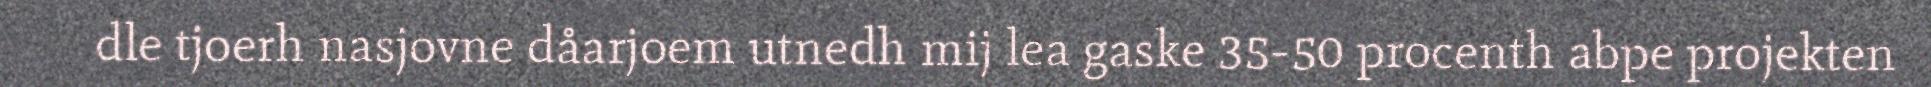
dle tjoerh nasjovne dåarjoem utnedh mij lea gaske 35-50 procenth abpe projekten